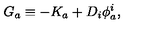
G _ { a } \equiv - K _ { a } + D _ { i } \phi _ { a } ^ { i } ,